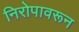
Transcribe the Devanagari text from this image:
निरोपावरून